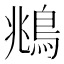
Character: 鴵